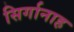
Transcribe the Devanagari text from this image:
सिर्गानाह